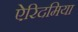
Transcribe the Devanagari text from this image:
ऐरिदमिया